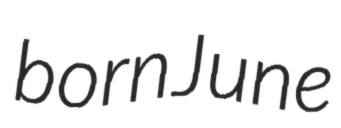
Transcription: born June